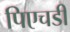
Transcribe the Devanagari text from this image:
पिएचडी